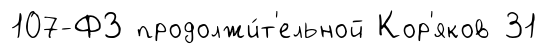
107-ФЗ продолжи́т'ельной Кор'яков 31